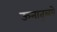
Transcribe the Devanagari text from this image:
ऊनातूलये